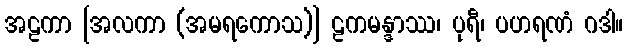
အဠကာ [အလကာ (အမရကောသ)] ဠကမန္ဒာဿ၊ ပုရီ၊ ပဟရဏံ ဂဒါ။